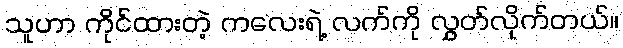
သူဟာ ကိုင်ထားတဲ့ ကလေးရဲ့ လက်ကို လွှတ်လိုက်တယ်။